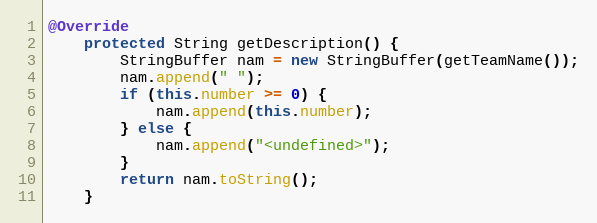
Language: Java
@Override
    protected String getDescription() {
        StringBuffer nam = new StringBuffer(getTeamName());
        nam.append(" ");
        if (this.number >= 0) {
            nam.append(this.number);
        } else {
            nam.append("<undefined>");
        }
        return nam.toString();
    }